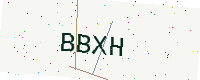
Text: BBXH